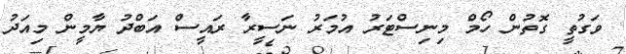
ވަގުތީ ގޮތުން ހޯމް މިނިސްޓަރު އުމަރު ނަސީރާ ރައީސް އަބްދު ޔާމީން މިއަދު